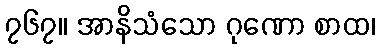
၇၆၇။ အာနိသံသော ဂုဏော စာထ၊